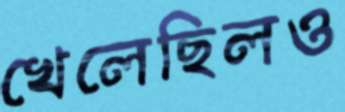
খেলেছিলও